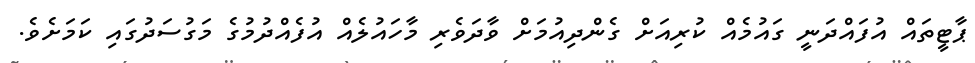
ޕާޓީތައް އުފައްދަނީ ގައުމެއް ކުރިއަށް ގެންދިއުމަށް ވާދަވެރި މާހައުލެއް އުފެއްދުމުގެ މަގުސަދުގައި ކަމަށެވެ.